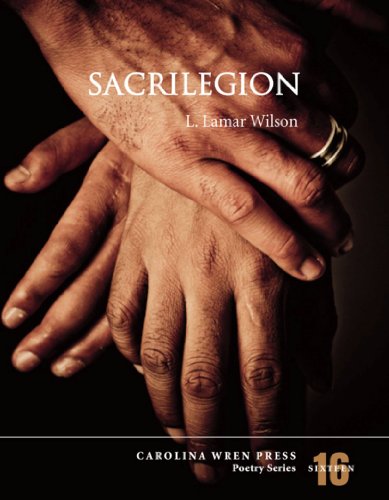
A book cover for Sacrilegion (Carolina Wren Press Poetry Series 16); L. Lamar Wilson; Gay & Lesbian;